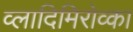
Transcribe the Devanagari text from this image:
व्लादिमिरोव्का